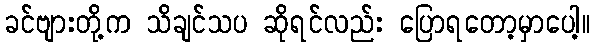
ခင်ဗျားတို့က သိချင်သပ ဆိုရင်လည်း ပြောရတော့မှာပေါ့။